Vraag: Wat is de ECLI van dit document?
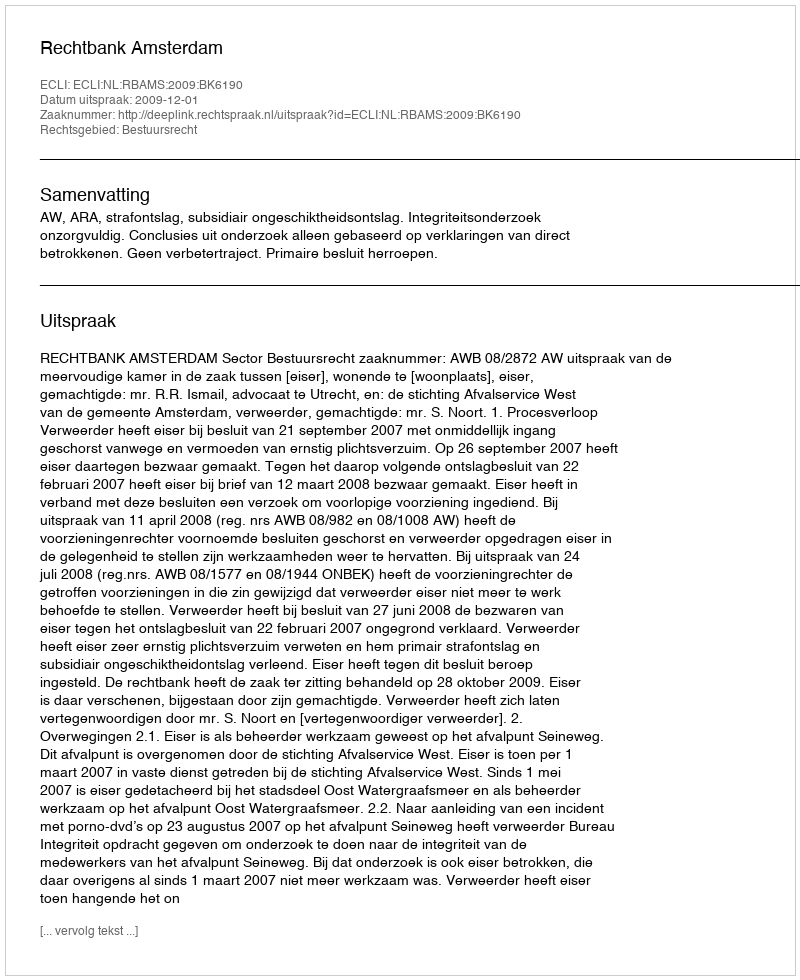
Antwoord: ECLI:NL:RBAMS:2009:BK6190